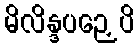
မိလိန္ဒပဉှေပိ